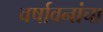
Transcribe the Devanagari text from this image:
वर्षावनांचा